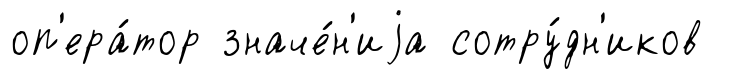
оп'ера́тор значе́н'иjа сотру́дн'иков